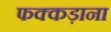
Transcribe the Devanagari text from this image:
फक्‍कड़ाना